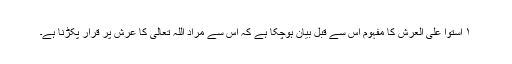
١ استوا علی العرش کا مفہوم اس سے قبل بیان ہوچکا ہے کہ اس سے مراد اللہ تعالیٰ کا عرش پر قرار پکڑنا ہے۔